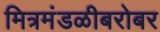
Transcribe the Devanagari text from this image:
मित्रमंडळीबरोबर